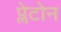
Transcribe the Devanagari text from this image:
प्लेटोन